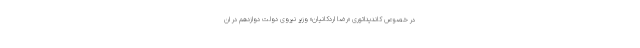
در خصوص کاندیداتوری «رضا اردکانیان» وزیر نیروی دولت دوازدهم در ان